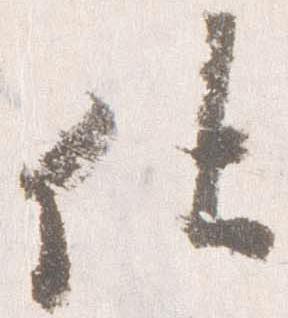
仕